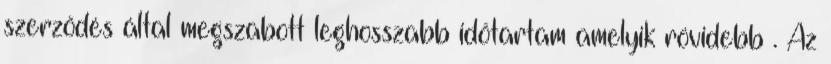
szerződés által megszabott leghosszabb időtartam amelyik rövidebb . Az